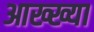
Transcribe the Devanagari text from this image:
आख्‍ख्या